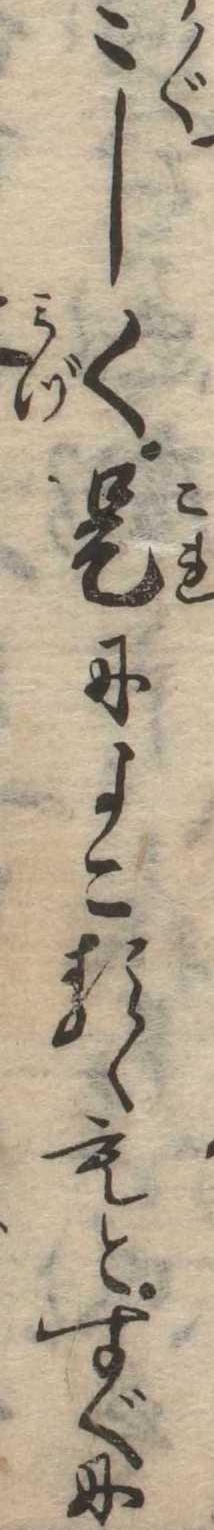
〻しく是によこるゝもとすぐに